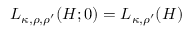
L _ { \kappa , \rho , \rho ^ { \prime } } ( H ; 0 ) = L _ { \kappa , \rho ^ { \prime } } ( H )